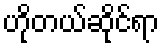
ဟိုတယ်ဆိုင်ရာ